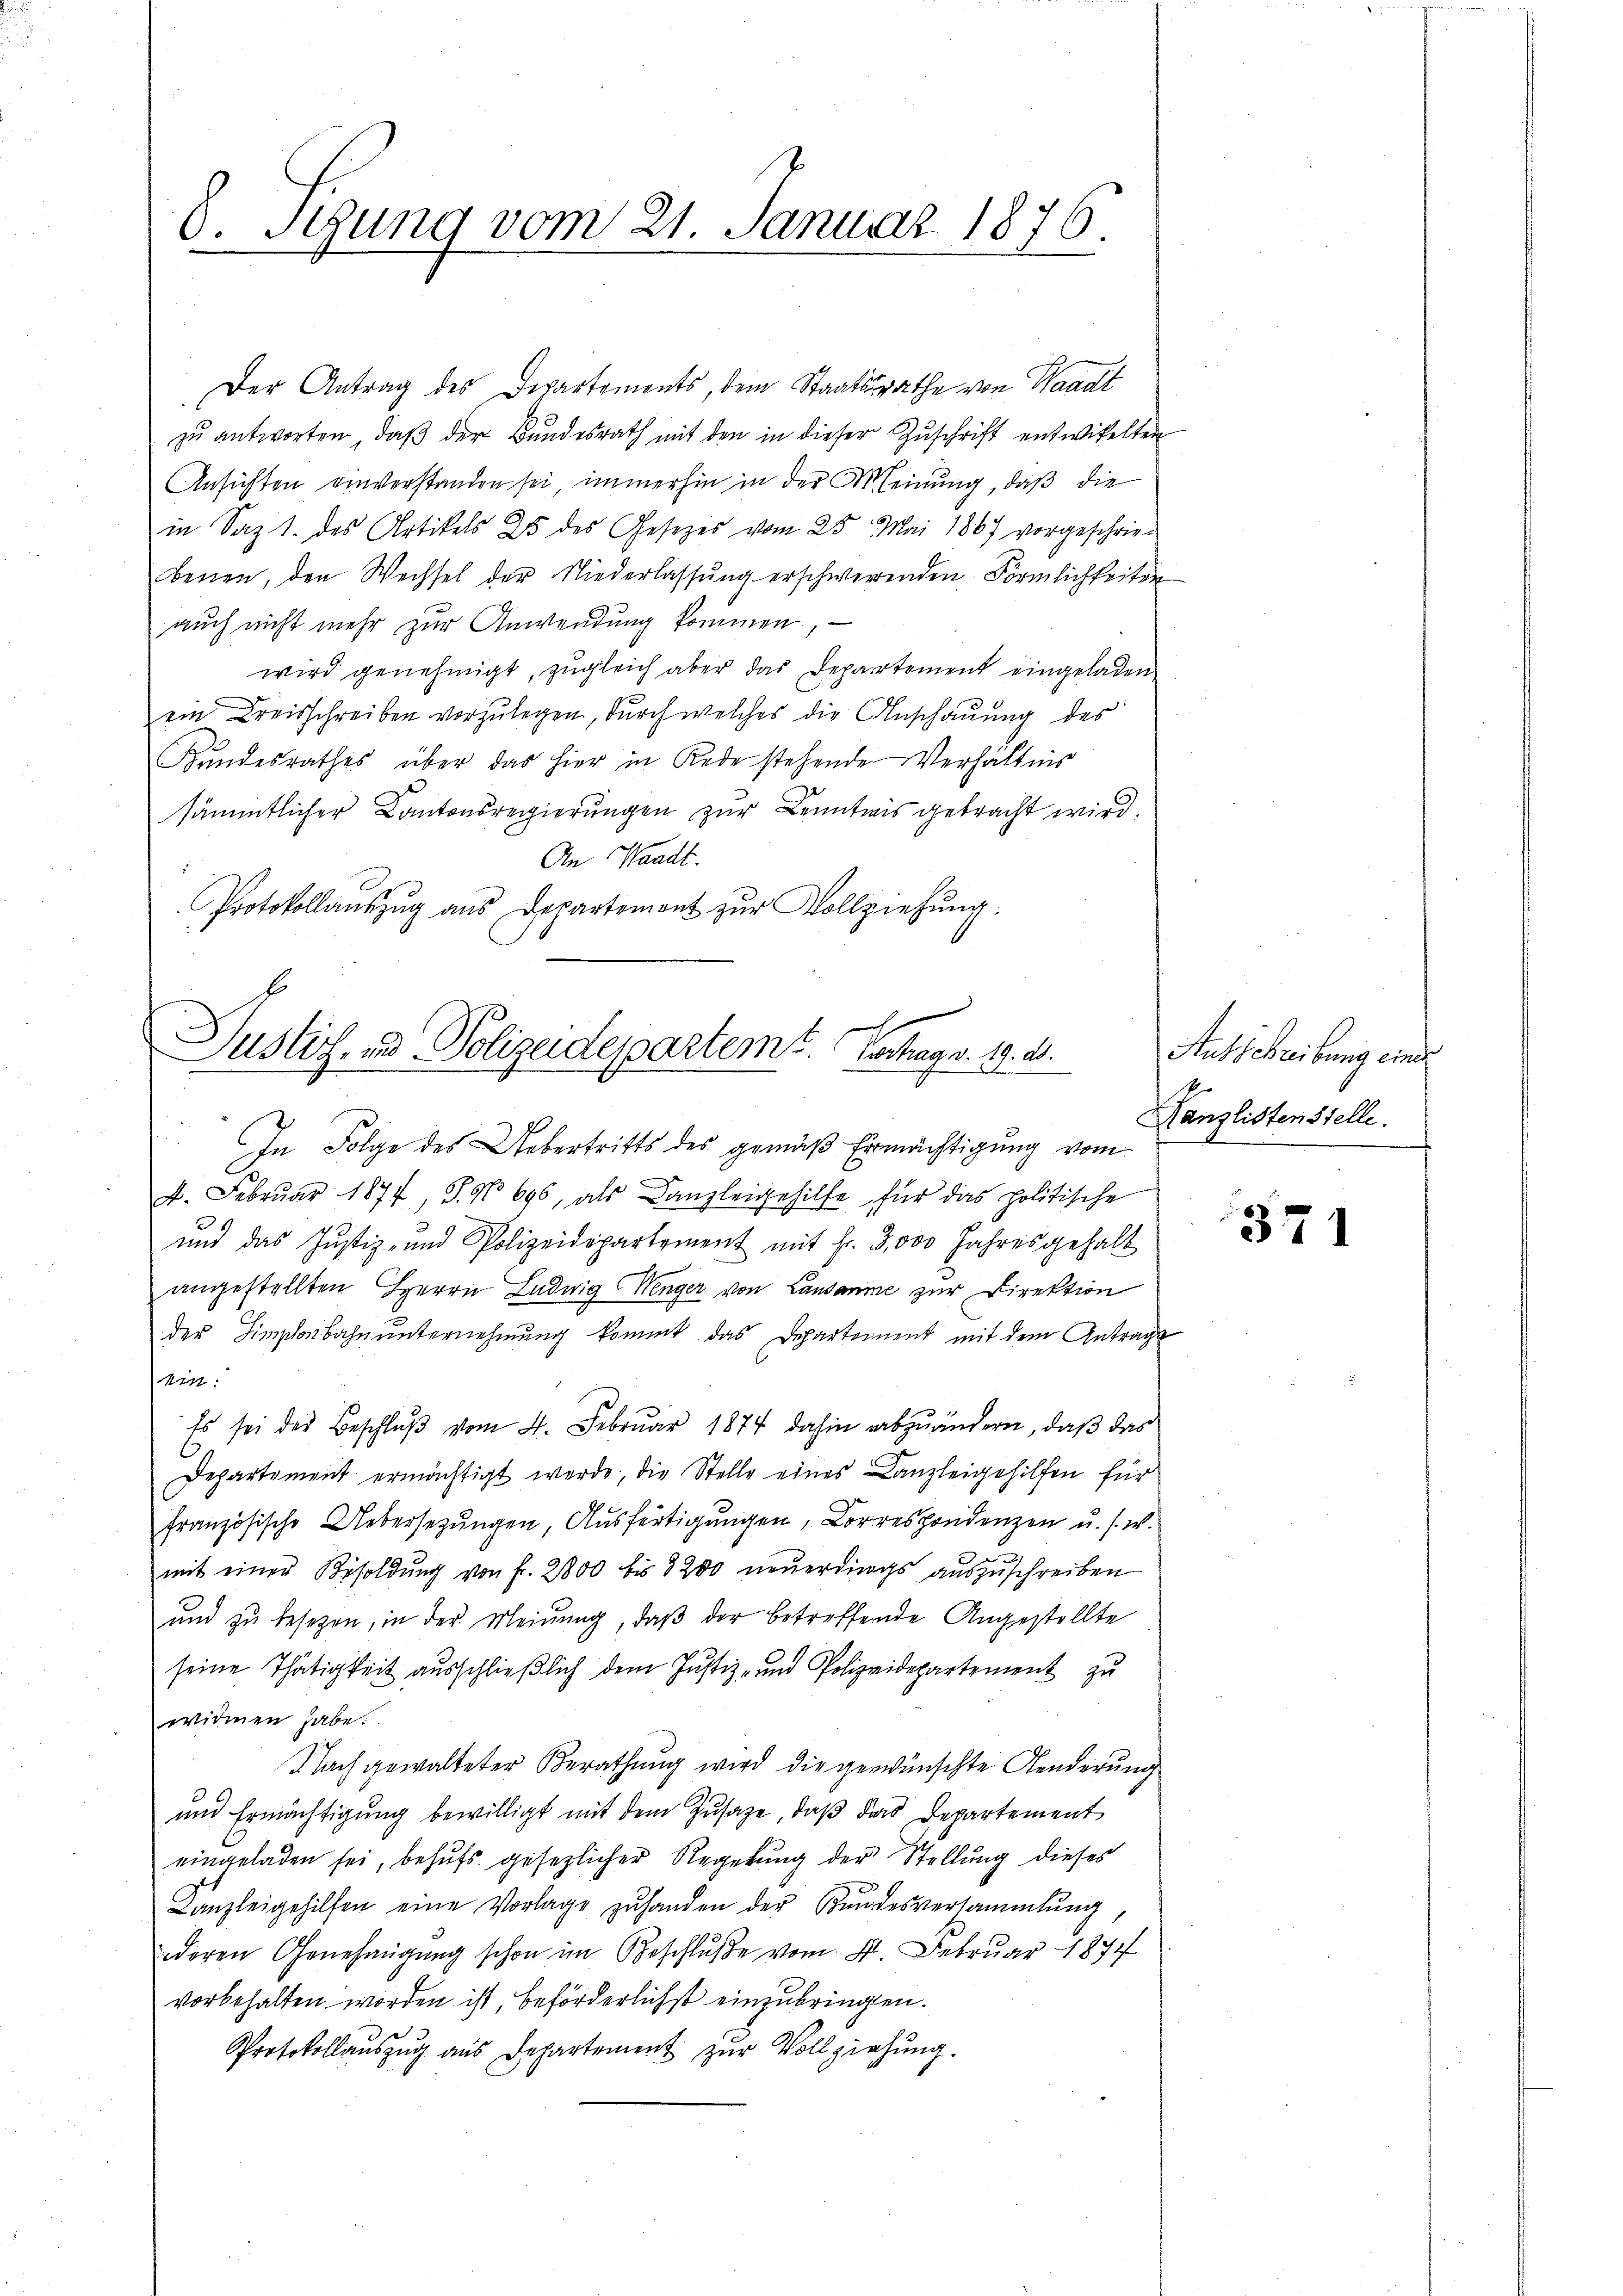
V. stung vom 21. Januar 1876.

d
Justiz- und Polizeideparteme. Verhag v. 19. d.

In Folge des Uebertritts des gemäß Ermächtigung vom

Der Antrag des Departements, dem Staatsrathe von Waadt
zu antworten, daß der Bundesrath mit den in dieser Zuschrift entwickelten
Ansichten einverstanden sei immerhin in der Meinung, daß die
in Saz 1. des Artikels 25 des Gesetzes vom 25. Mai 1867 vorgeschriebenen, den Wechsel der Niederlassung erschwerenden Förmlichkeiten
auch nicht mehr zur Anwendung kommen,
wird genehmigt, zŭgleich aber das Departement eingeladen
ein Kreisschreiben vorzŭlegen, durch welches die Anschaŭŭng des
Bŭndesrathes über das hier in Rede stehende Verhältnis
sämmtlicher Kantonsregierungen zur Kenntnis gebracht wird.
An Waadt.
Protokollaŭszŭg aŭs Departement zŭr Vollziehŭng.

4. Febrŭar 1877 J. No 696, als Kanzleigehilfe für das politische
und das Justiz- und Polizeidepartement mit Fr. 3,000 Jahresgehalt
angestellten Herrn Ludwig Wenger von Lausanne zur Direktion
der Hinschenbahn unternehmung kommt das Departement mit dem Antrage
ein.
Es sei des Beschluß vom 4. Februar 1874 dahin abzuändern, daß das
Departement ermächtigt werde, die Stelle eines Kanzleigehilfen für
französische Uebersetzungen, Ausfertigungen, Lorrespondenzen u. s. w.
mit einer Besoldŭng von fr. 2800 bis 8200 neŭerdings aŭszŭschreiben
und zu besetzen, in der Meinung, daß der betreffende Angestellte
seine Thätigkeit ausschließlich dem Justiz- und Polizeidepartement zu
widmen habe.
Nach gewalteter Berathung wird die gewünschte Aenderung
und Ermächtigŭng bewilligt mit dem Zŭsaze, daβ das Departement
eingeladen sei, behŭfs gesezlicher Regelŭng der Stellŭng dieses
Kanzleigehilfen eine Vorlage zŭ handen der Bundesversammlung
deren Genehmigung schon im Beschluße vom 11. Februar 1874
vorbehalten worden ist, beförderlichst einzubringen.
Protokollaŭszŭg aŭs Departement zŭr Vollziehung.

Ausschreibung einer
Kanzlistenstelle.

371